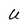
Character: U